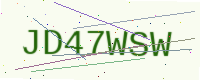
Text: JD47WSW